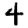
Digit: 4